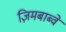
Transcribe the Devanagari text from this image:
ज़िमबाब्वे